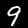
Digit: 9